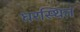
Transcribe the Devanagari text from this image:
घरस्थित